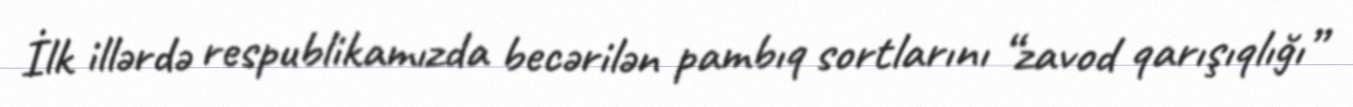
İlk illərdə respublikamızda becərilən pambıq sortlarını “zavod qarışıqlığı”